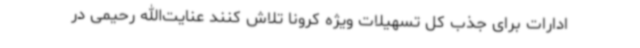
ادارات برای جذب کل تسهیلات ویژه کرونا تلاش کنند عنایت‌الله رحیمی در